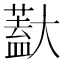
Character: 𱘽